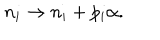
LaTeX: n _ { i } \rightarrow n _ { i } + p _ { i } \alpha .